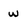
Character: w